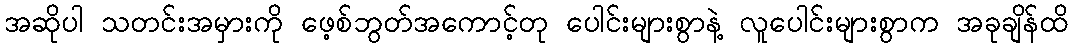
အဆိုပါ သတင်းအမှားကို ဖေ့စ်ဘွတ်အကောင့်တု ပေါင်းများစွာနဲ့ လူပေါင်းများစွာက အခုချိန်ထိ